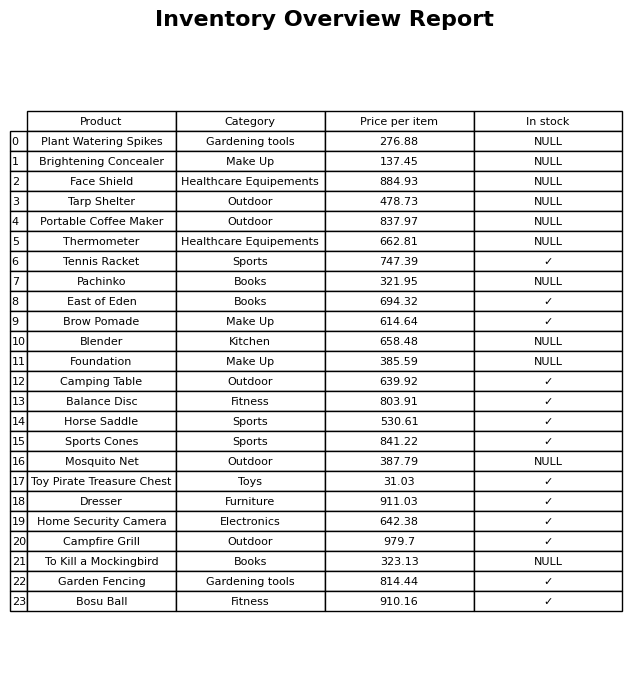
question: Which products are available in stock?
answer: Tennis Racket, East of Eden, Brow Pomade, Camping Table, Balance Disc, Horse Saddle, Sports Cones, Toy Pirate Treasure Chest, Dresser, Home Security Camera, Campfire Grill, Garden Fencing, Bosu Ball